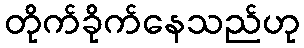
တိုက်ခိုက်နေသည်ဟု